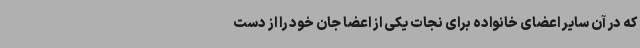
که در آن سایر اعضای خانواده برای نجات یکی از اعضا جان خود را از دست